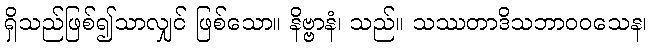
ရှိသည်ဖြစ်၍သာလျှင် ဖြစ်သော။ နိဗ္ဗာနံ၊ သည်။ သဿတာဒိသဘာဝဝသေန၊